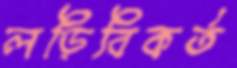
লড়িবিকর্ত